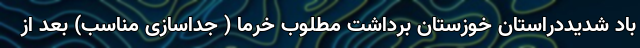
باد شدیددراستان خوزستان برداشت مطلوب خرما ( جداسازی مناسب) بعد از